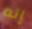
إنه